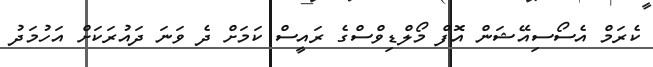
ކެރަމް އެސޯސިއޭޝަން އޮފް މޯލްޑިވްސްގެ ރައީސް ކަމަށް ދެ ވަނަ ދައުރަކަށް އަހުމަދު